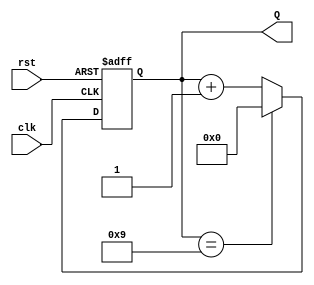
module decade_counter (
    input wire clk,    // Clock input
    input wire rst,    // Asynchronous active-high reset
    output reg [3:0] Q // 4-bit output for the count value
);

// Always block to handle the counting and resetting behavior
always @(posedge clk or posedge rst) begin
    if (rst) begin
        // If reset is high, set count to 0
        Q <= 4'b0000;
    end else begin
        // Increment the count
        if (Q == 4'b1001) begin
            // If count is 9 (1001 in binary), reset to 0
            Q <= 4'b0000;
        end else begin
            // Otherwise, increment the count
            Q <= Q + 1;
        end
    end
end

endmodule